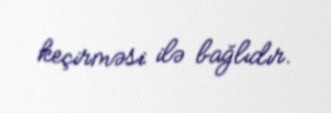
keçirməsi ilə bağlıdır.